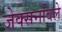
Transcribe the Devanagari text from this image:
जेक्सनविले